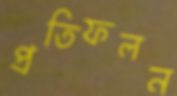
প্রতিফলন